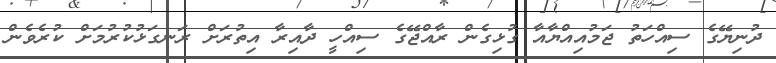
ދުނިޔޭގެ ސިއްހަތު ޖަމުއިއްޔާއާ ގުޅިގެން ރާއްޖޭގެ ސިއްހީ ދާއިރާ އިތުރަށް ރަނގަޅުކުރުމަށް ކުރެވެން